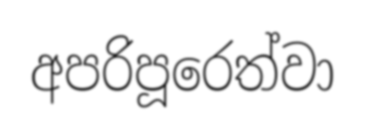
අපරිපූරෙත්වා